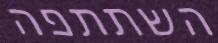
השתתפה